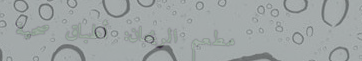
مطعم الريحان: أطباق صحية